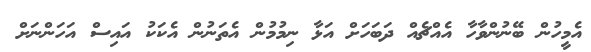
އެމީހުން ބޭނުންވާހާ އެއްޗެއް ދަބަހަށް އަޅާ ނިމުމުން އެތަނުން އެކަކު އައިސް އަހަންނަށް